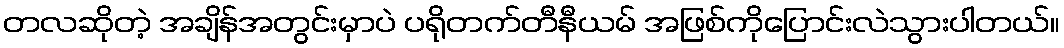
တလဆိုတဲ့ အချိန်အတွင်းမှာပဲ ပရိုတက်တီနီယမ် အဖြစ်ကိုပြောင်းလဲသွားပါတယ်။